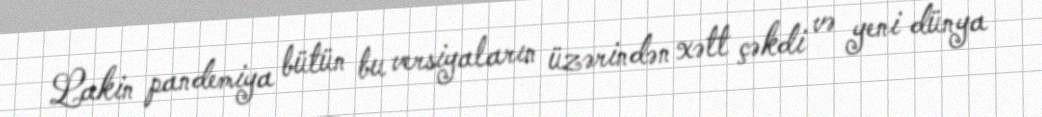
Lakin pandemiya bütün bu versiyaların üzərindən xətt çəkdi və yeni dünya